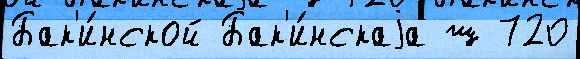
Бак'и́нской Бак'и́нскаjа ш 720